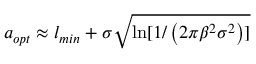
a _ { o p t } \approx l _ { m i n } + \sigma \sqrt { \ln [ 1 / \left( 2 \pi \beta ^ { 2 } \sigma ^ { 2 } \right) ] }